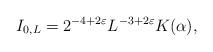
LaTeX: \begin{align*}I_{0,L}=2^{-4+2 \varepsilon} L^{-3+2 \varepsilon} K(\alpha),\end{align*}